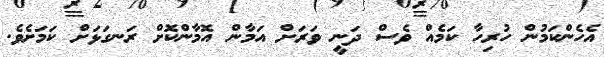
އެހެންކަމުން ހުރިހާ ކަމެއް ވެސް ދަނީ ވަރަށް އަމާން އޮމާންކޮށް ރަނގަޅަށް ކަމަށެވެ.